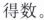
得数。